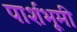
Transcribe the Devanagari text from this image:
पार्शभूमी